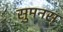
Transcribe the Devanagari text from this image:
सुमनस्